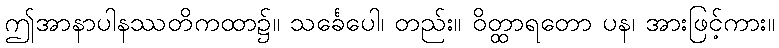
ဤအာနာပါနဿတိကထာ၌။ သင်္ခေပေါ၊ တည်း။ ဝိတ္ထာရတော ပန၊ အားဖြင့်ကား။